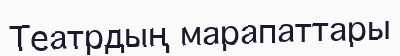
Театрдың марапаттары